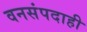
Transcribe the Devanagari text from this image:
वनसंपदाही